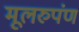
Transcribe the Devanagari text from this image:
मूलरुपंण